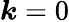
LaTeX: \boldsymbol k=0